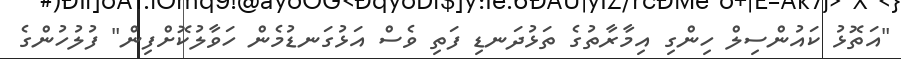
"އަތޮޅު ކައުންސިލް ހިންގި އިމާރާތުގެ ތަޅުދަނޑި ފަތި ވެސް އަޅުގަނޑުމެން ހަވާލުކޮށްފިން" ފުލުހުންގެ